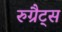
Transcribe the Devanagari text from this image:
रुग्रैट्स